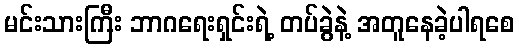
မင်းသားကြီး ဘာဂရေးရှင်းရဲ့ တပ်ခွဲနဲ့ အတူနေခဲ့ပါရစေ